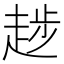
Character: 𧼝